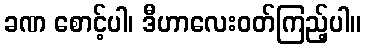
ခဏ စောင့်ပါ၊ ဒီဟာလေးဝတ်ကြည့်ပါ။